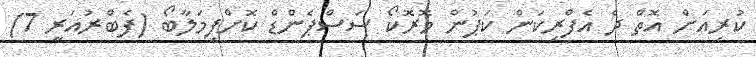
ކުރިއަށް އޮތް ދެ އެފްރިކަން ކަޕުން މޮރޮކޯ ސަސްޕެންޑް ކޮށްފިމަލާބޯ (ފެބްރުއަރީ 7)